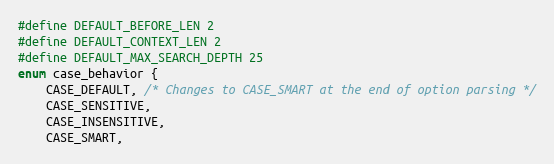
Language: C
#define DEFAULT_BEFORE_LEN 2
#define DEFAULT_CONTEXT_LEN 2
#define DEFAULT_MAX_SEARCH_DEPTH 25
enum case_behavior {
    CASE_DEFAULT, /* Changes to CASE_SMART at the end of option parsing */
    CASE_SENSITIVE,
    CASE_INSENSITIVE,
    CASE_SMART,